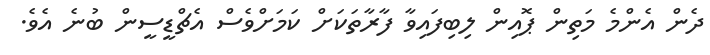
ދެން އެންމެ މަތިން ޕޮއިން ލިބިފައިވާ ފާރާތަކަށް ކަމަށްވެސް އެޗްޑީސީން ބުނެ އެވެ.